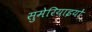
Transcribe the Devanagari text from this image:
सुमेरियाइयों